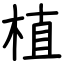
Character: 植